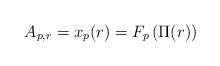
LaTeX: \begin{align*}A_{p,r}=x_p(r)=F_p\left(\Pi(r)\right)\end{align*}